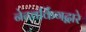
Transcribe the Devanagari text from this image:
नेटवर्किंगद्वारे